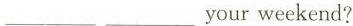
___ ___ youweekend?